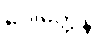
ဂေါတ္တေန